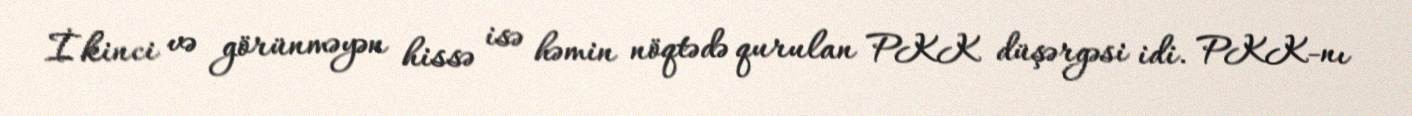
İkinci və görünməyən hissə isə həmin nöqtədə qurulan PKK düşərgəsi idi. PKK-nı